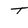
Character: T